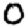
Digit: 0